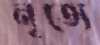
নৃত্যে